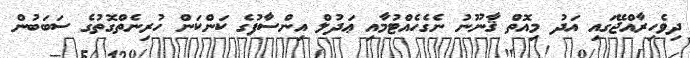
ދިވެހިރާއްޖޭގައި އަދު މިއޮތް ޤާނޫނު ނެގެހެއްޓުމާއި ޢަދުލް އިންސާފުގެ ކަންކަން ހުރިނެތްގޮތުގެ ސަބަބުން